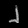
Digit: ၂